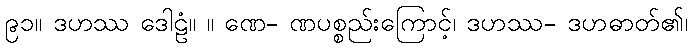
၉၁။ ဒဟဿ ဒေါဠံ။ ။ ဏေ- ဏပစ္စည်းကြောင့်၊ ဒဟဿ- ဒဟဓာတ်၏၊